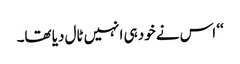
‘‘ اس نے خود ہی انہیں ٹال دیا تھا۔